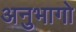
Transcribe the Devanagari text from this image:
अनुभागो